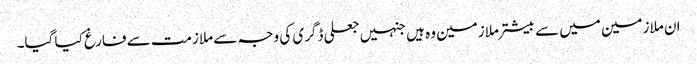
ان ملازمین میں سے بیشتر ملازمین وہ ہیں جنہیں جعلی ڈگری کی وجہ سے ملازمت سے فارغ کیا گیا۔